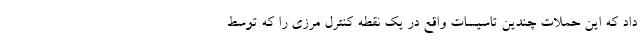
داد که این حملات چندین تاسیسات واقع در یک نقطه کنترل مرزی را که توسط